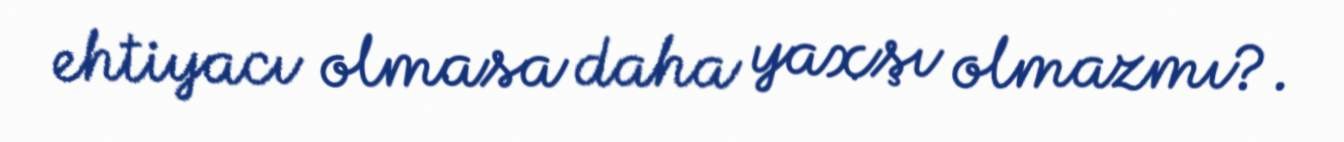
ehtiyacı olmasa daha yaxşı olmazmı?.